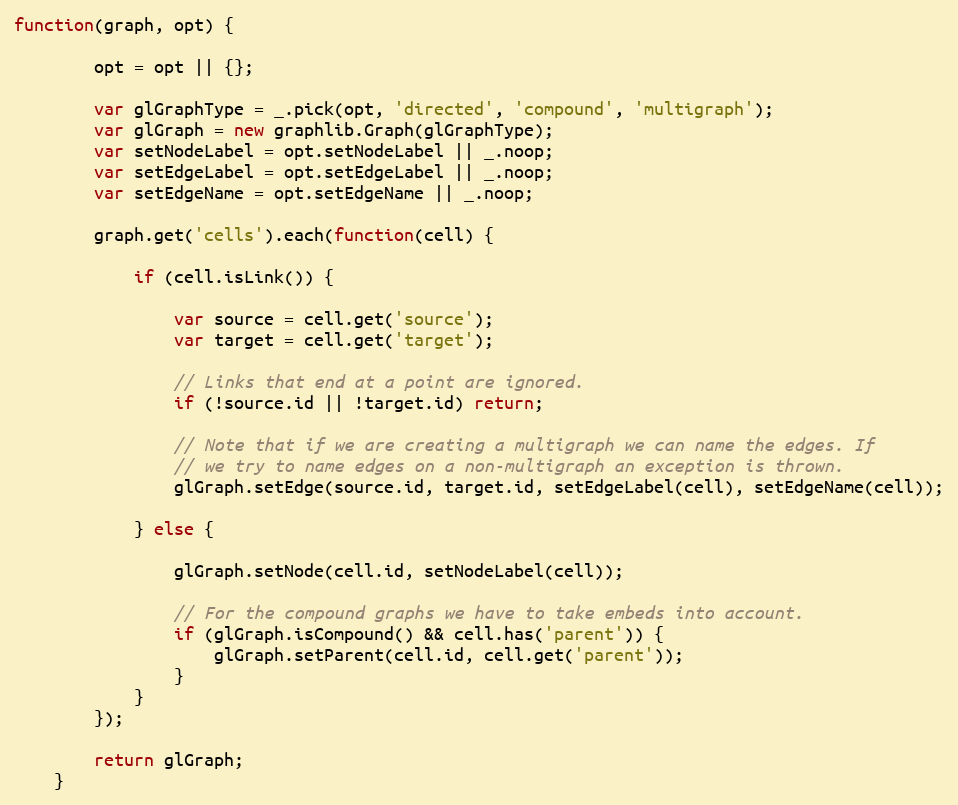
Language: JavaScript
function(graph, opt) {

        opt = opt || {};

        var glGraphType = _.pick(opt, 'directed', 'compound', 'multigraph');
        var glGraph = new graphlib.Graph(glGraphType);
        var setNodeLabel = opt.setNodeLabel || _.noop;
        var setEdgeLabel = opt.setEdgeLabel || _.noop;
        var setEdgeName = opt.setEdgeName || _.noop;

        graph.get('cells').each(function(cell) {

            if (cell.isLink()) {

                var source = cell.get('source');
                var target = cell.get('target');

                // Links that end at a point are ignored.
                if (!source.id || !target.id) return;

                // Note that if we are creating a multigraph we can name the edges. If
                // we try to name edges on a non-multigraph an exception is thrown.
                glGraph.setEdge(source.id, target.id, setEdgeLabel(cell), setEdgeName(cell));

            } else {

                glGraph.setNode(cell.id, setNodeLabel(cell));

                // For the compound graphs we have to take embeds into account.
                if (glGraph.isCompound() && cell.has('parent')) {
                    glGraph.setParent(cell.id, cell.get('parent'));
                }
            }
        });

        return glGraph;
    }